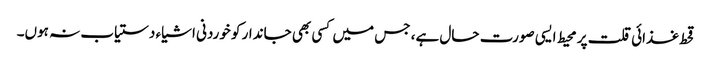
قحط غذائی قلت پر محیط ایسی صورت حال ہے، جس میں کسی بھی جاندار کو خوردنی اشیاء دستیاب نہ ہوں۔